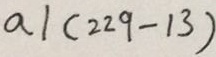
a \vert ( 2 2 9 - 1 3 )